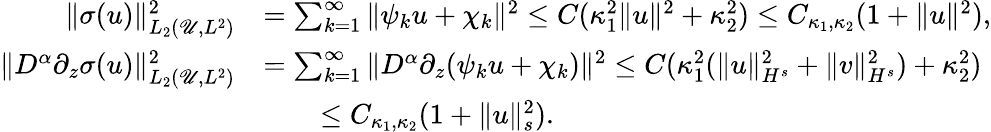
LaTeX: \begin{array}{rl}{\Vert\sigma(u)\Vert_{L_{2}(\mathscr{U},L^{2})}^{2}}&{=\sum_{k=1}^{\infty}\| \psi_{k}u+\chi_{k}\| ^{2}\leq C(\kappa_{1}^{2}\| u\| ^{2}+\kappa_{2}^{2})\leq C_{\kappa_{1},\kappa_{2}}(1+\| u\| ^{2}),}\\ {\Vert D^{\alpha}\partial_{z}\sigma(u)\Vert_{L_{2}(\mathscr{U},L^{2})}^{2}}&{=\sum_{k=1}^{\infty}\| D^{\alpha}\partial_{z}(\psi_{k}u+\chi_{k})\| ^{2}\leq C(\kappa_{1}^{2}(\| u\| _{H^{s}}^{2}+\| v\| _{H^{s}}^{2})+\kappa_{2}^{2})}\\ &{\qquad\leq C_{\kappa_{1},\kappa_{2}}(1+\| u\| _{s}^{2}).}\end{array}